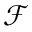
\mathcal { F }